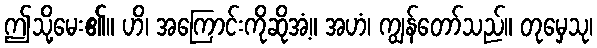
ဤသို့မေး၏။ ဟိ၊ အကြောင်းကိုဆိုအံ့။ အဟံ၊ ကျွန်တော်သည်။ တုမှေသု၊